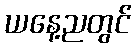
ယနေ့ညတွင်